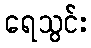
ရေသွင်း